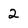
Character: 2